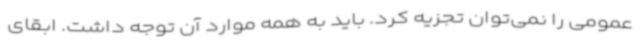
عمومی را نمی‌توان تجزیه کرد. باید به همه موارد آن توجه داشت. ابقای